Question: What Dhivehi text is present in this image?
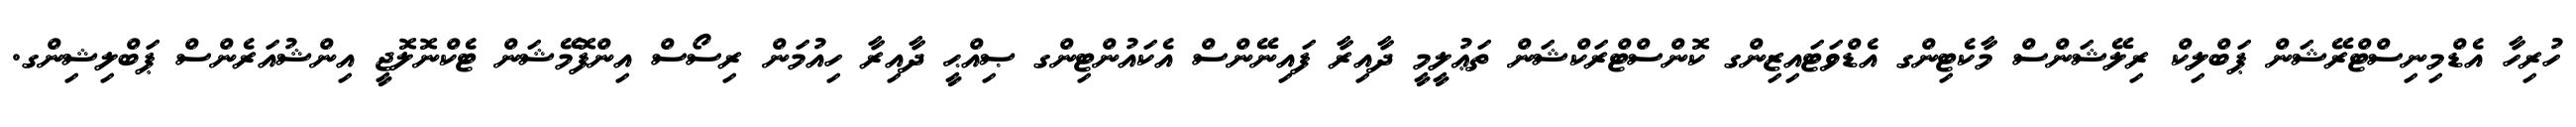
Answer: ހުރިހާ އެޑްމިނިސްޓްރޭޝަން ޕަބްލިކް ރިލޭޝަންސް މާކެޓިންގ އެޑްވަޓައިޒިންގ ކޮންސްޓްރަކްޝަން ތަޢުލީމީ ދާއިރާ ފައިނޭންސް އެކައުންޓިންގ ޞިއްޙީ ދާއިރާ ހިއުމަން ރިސޯސް އިންފޮމޭޝަން ޓެކްނޮލޮޖީ އިންޝުއަރެންސް ޕަބްލިޝިންގ.